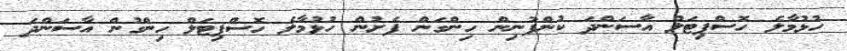
ހުޅުމާލެ ހޮސްޕިޓަލް އާސަންދަ ކުންފުނިން ހިންގަން ފެށުން ހުޅުމާލެ ހޮސްޕިޓަލް ހިންގުން އާސަންދަ